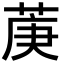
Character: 菮